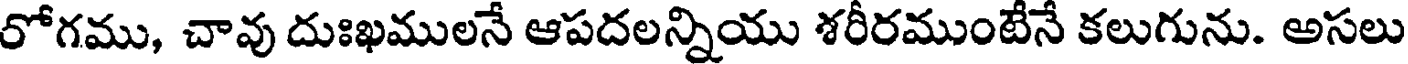
రోగము, చావు దుఃఖములనే ఆపదలన్నియు శరీరముంటేనే కలుగును. అసలు